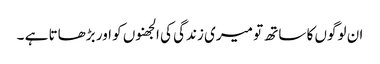
ان لوگوں کا ساتھ تو میری زندگی کی الجھنوں کو اور بڑھاتا ہے ۔